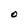
Character: O